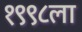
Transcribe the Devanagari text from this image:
१९९८ला